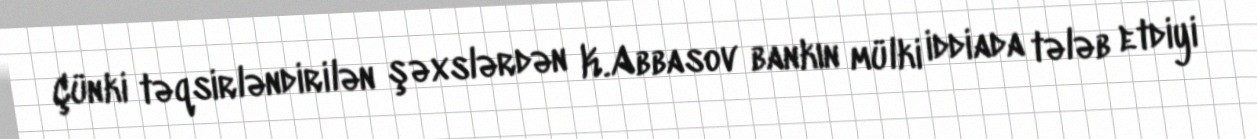
Çünki təqsirləndirilən şəxslərdən K.Abbasov bankın mülki iddiada tələb etdiyi